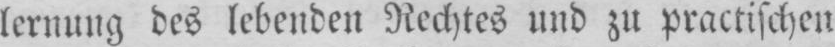
lernung des lebenden Rechtes und zu practischen